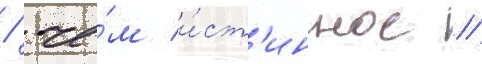
/ че́м и́ст'инное //